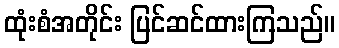
ထုံးစံအတိုင်း ပြင်ဆင်ထားကြသည်။